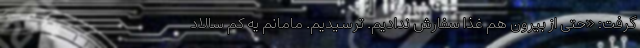
گرفت: «حتی از بیرون هم غذا سفارش ندادیم. ترسیدیم. مامانم یه کم سالاد